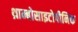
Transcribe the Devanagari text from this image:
थ्राम्बोसाइटोपीनिक